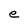
Character: e